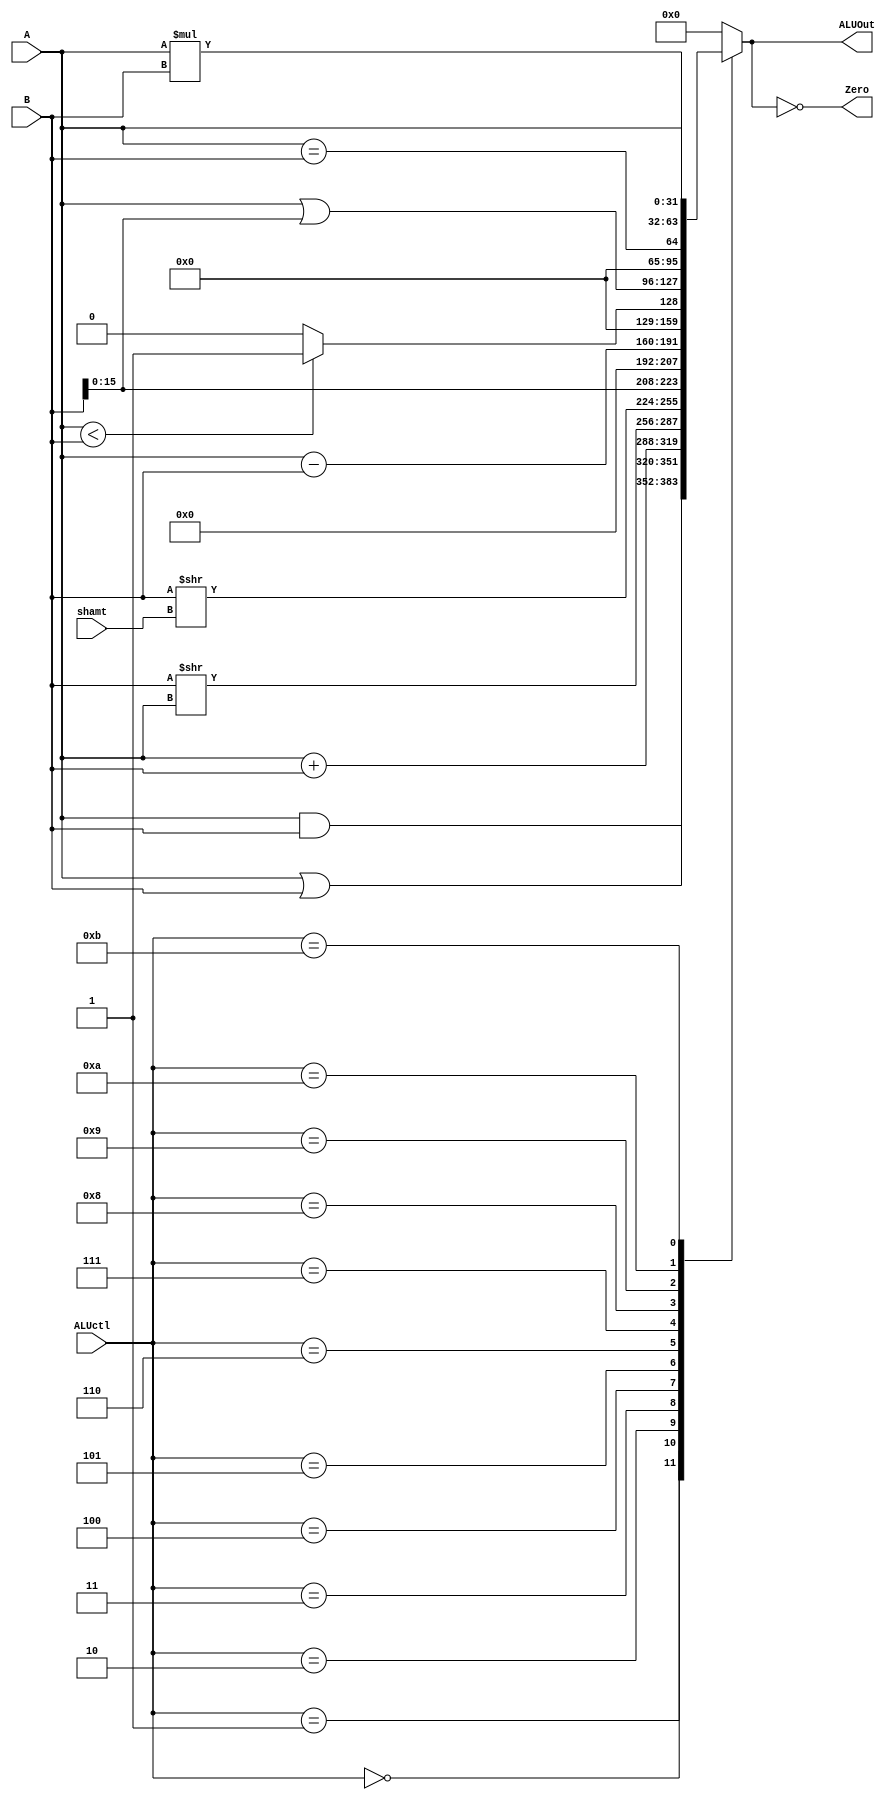
module ALU(
   ALUctl,
	A,
	B,
	ALUOut,
	Zero,
	shamt
	);
     
//I/O ports
input  [32-1:0]  A;
input  [32-1:0]	 B;
input  [4-1:0]   ALUctl;
input  [5-1:0]	  shamt;

output [32-1:0]	 ALUOut;
output           Zero;

//Internal signals
reg    [32-1:0]  ALUOut;
wire             Zero;

//Parameter

//Main function
// zero is true if aluout is 0
assign Zero = (ALUOut == 0);

always @(ALUctl, A, B) begin
	case(ALUctl)
		0: 	ALUOut <= A & B;
		1: 	ALUOut <= A | B;
		2: 	ALUOut <= A + B;  // add, addi
		3:    ALUOut <= B >> A; // srlv
		4:		ALUOut <= B >> shamt; // srl
		5:		ALUOut <= B << 16;
		6: 	ALUOut <= A - B;
		7: 	ALUOut <= A < B ? 1 : 0;
		8:		ALUOut <= A | {{16{0}},B[15:0]};	// ori
		9:		ALUOut <= A == B;	// bne
		10:   ALUOut <= A * B;
		11:   ALUOut <= A;
		default: ALUOut <= 0;
	endcase
end
endmodule